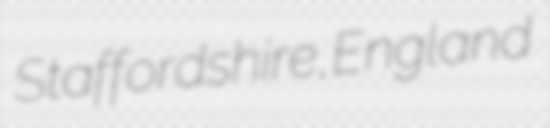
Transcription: Staffordshire, England